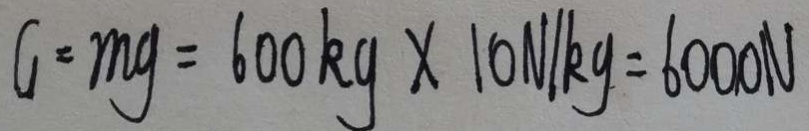
G = m g = 6 0 0 k g \times 1 0 N / k g = 6 0 0 0 N